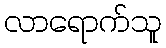
လာရောက်သူ